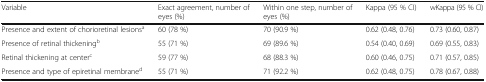
| Variable | Exact agreement, number of eyes (%) | Within one step, number of eyes (%) | Kappa (95 % CI) | wKappa (95 % CI) |
 | --- | --- | --- | --- | --- |
 | Presence and extent of chorioretinal lesionsa | 60 (78 %) | 70 (90.9 %) | 0.62 (0.48, 0.76) | 0.73 (0.60, 0.87) |
 | Presence of retinal thickeningb | 55 (71 %) | 69 (89.6 %) | 0.54 (0.40, 0.69) | 0.69 (0.55, 0.83) |
 | Retinal thickening at centerc | 59 (77 %) | 68 (88.3 %) | 0.60 (0.46, 0.75) | 0.71 (0.57, 0.85) |
 | Presence and type of epiretinal membraned | 55 (71 %) | 71 (92.2 %) | 0.62 (0.48, 0.75) | 0.78 (0.67, 0.88) |